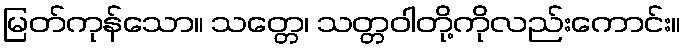
မြတ်ကုန်သော။ သတ္တေ၊ သတ္တဝါတို့ကိုလည်းကောင်း။